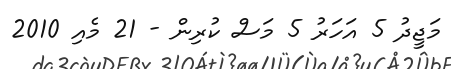
މަޖީދު 5 އަހަރު 5 މަސް ކުރިން - 21 މެއި 2010